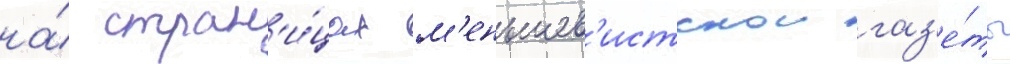
на́ стран'и́цах м'еньшев'истскои газ'е́ты